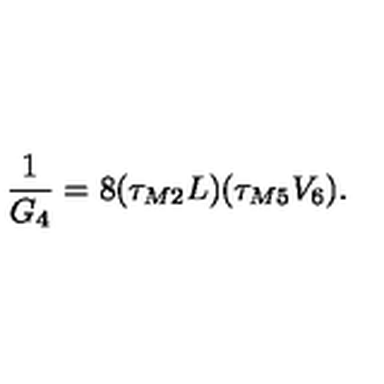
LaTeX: \frac { 1 } { G _ { 4 } } = 8 ( \tau _ { M 2 } L ) ( \tau _ { M 5 } V _ { 6 } ) .